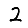
Digit: 2